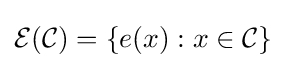
{\mathcal {E}}({\mathcal {C}})=\{e(x):x\in {\mathcal {C}}\}